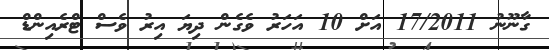
ގާނޫނު 17/2011 އަށް 10 އަހަރު ވެގެން ދިޔަ އިރު ވެސް ޓްރެއިންޑް